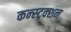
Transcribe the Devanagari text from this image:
कन्‍स्‍ट्रक्‍शन